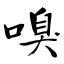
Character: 嗅